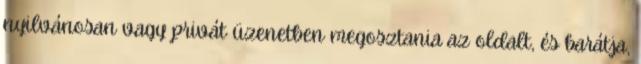
nyilvánosan vagy privát üzenetben megosztania az oldalt, és barátja,